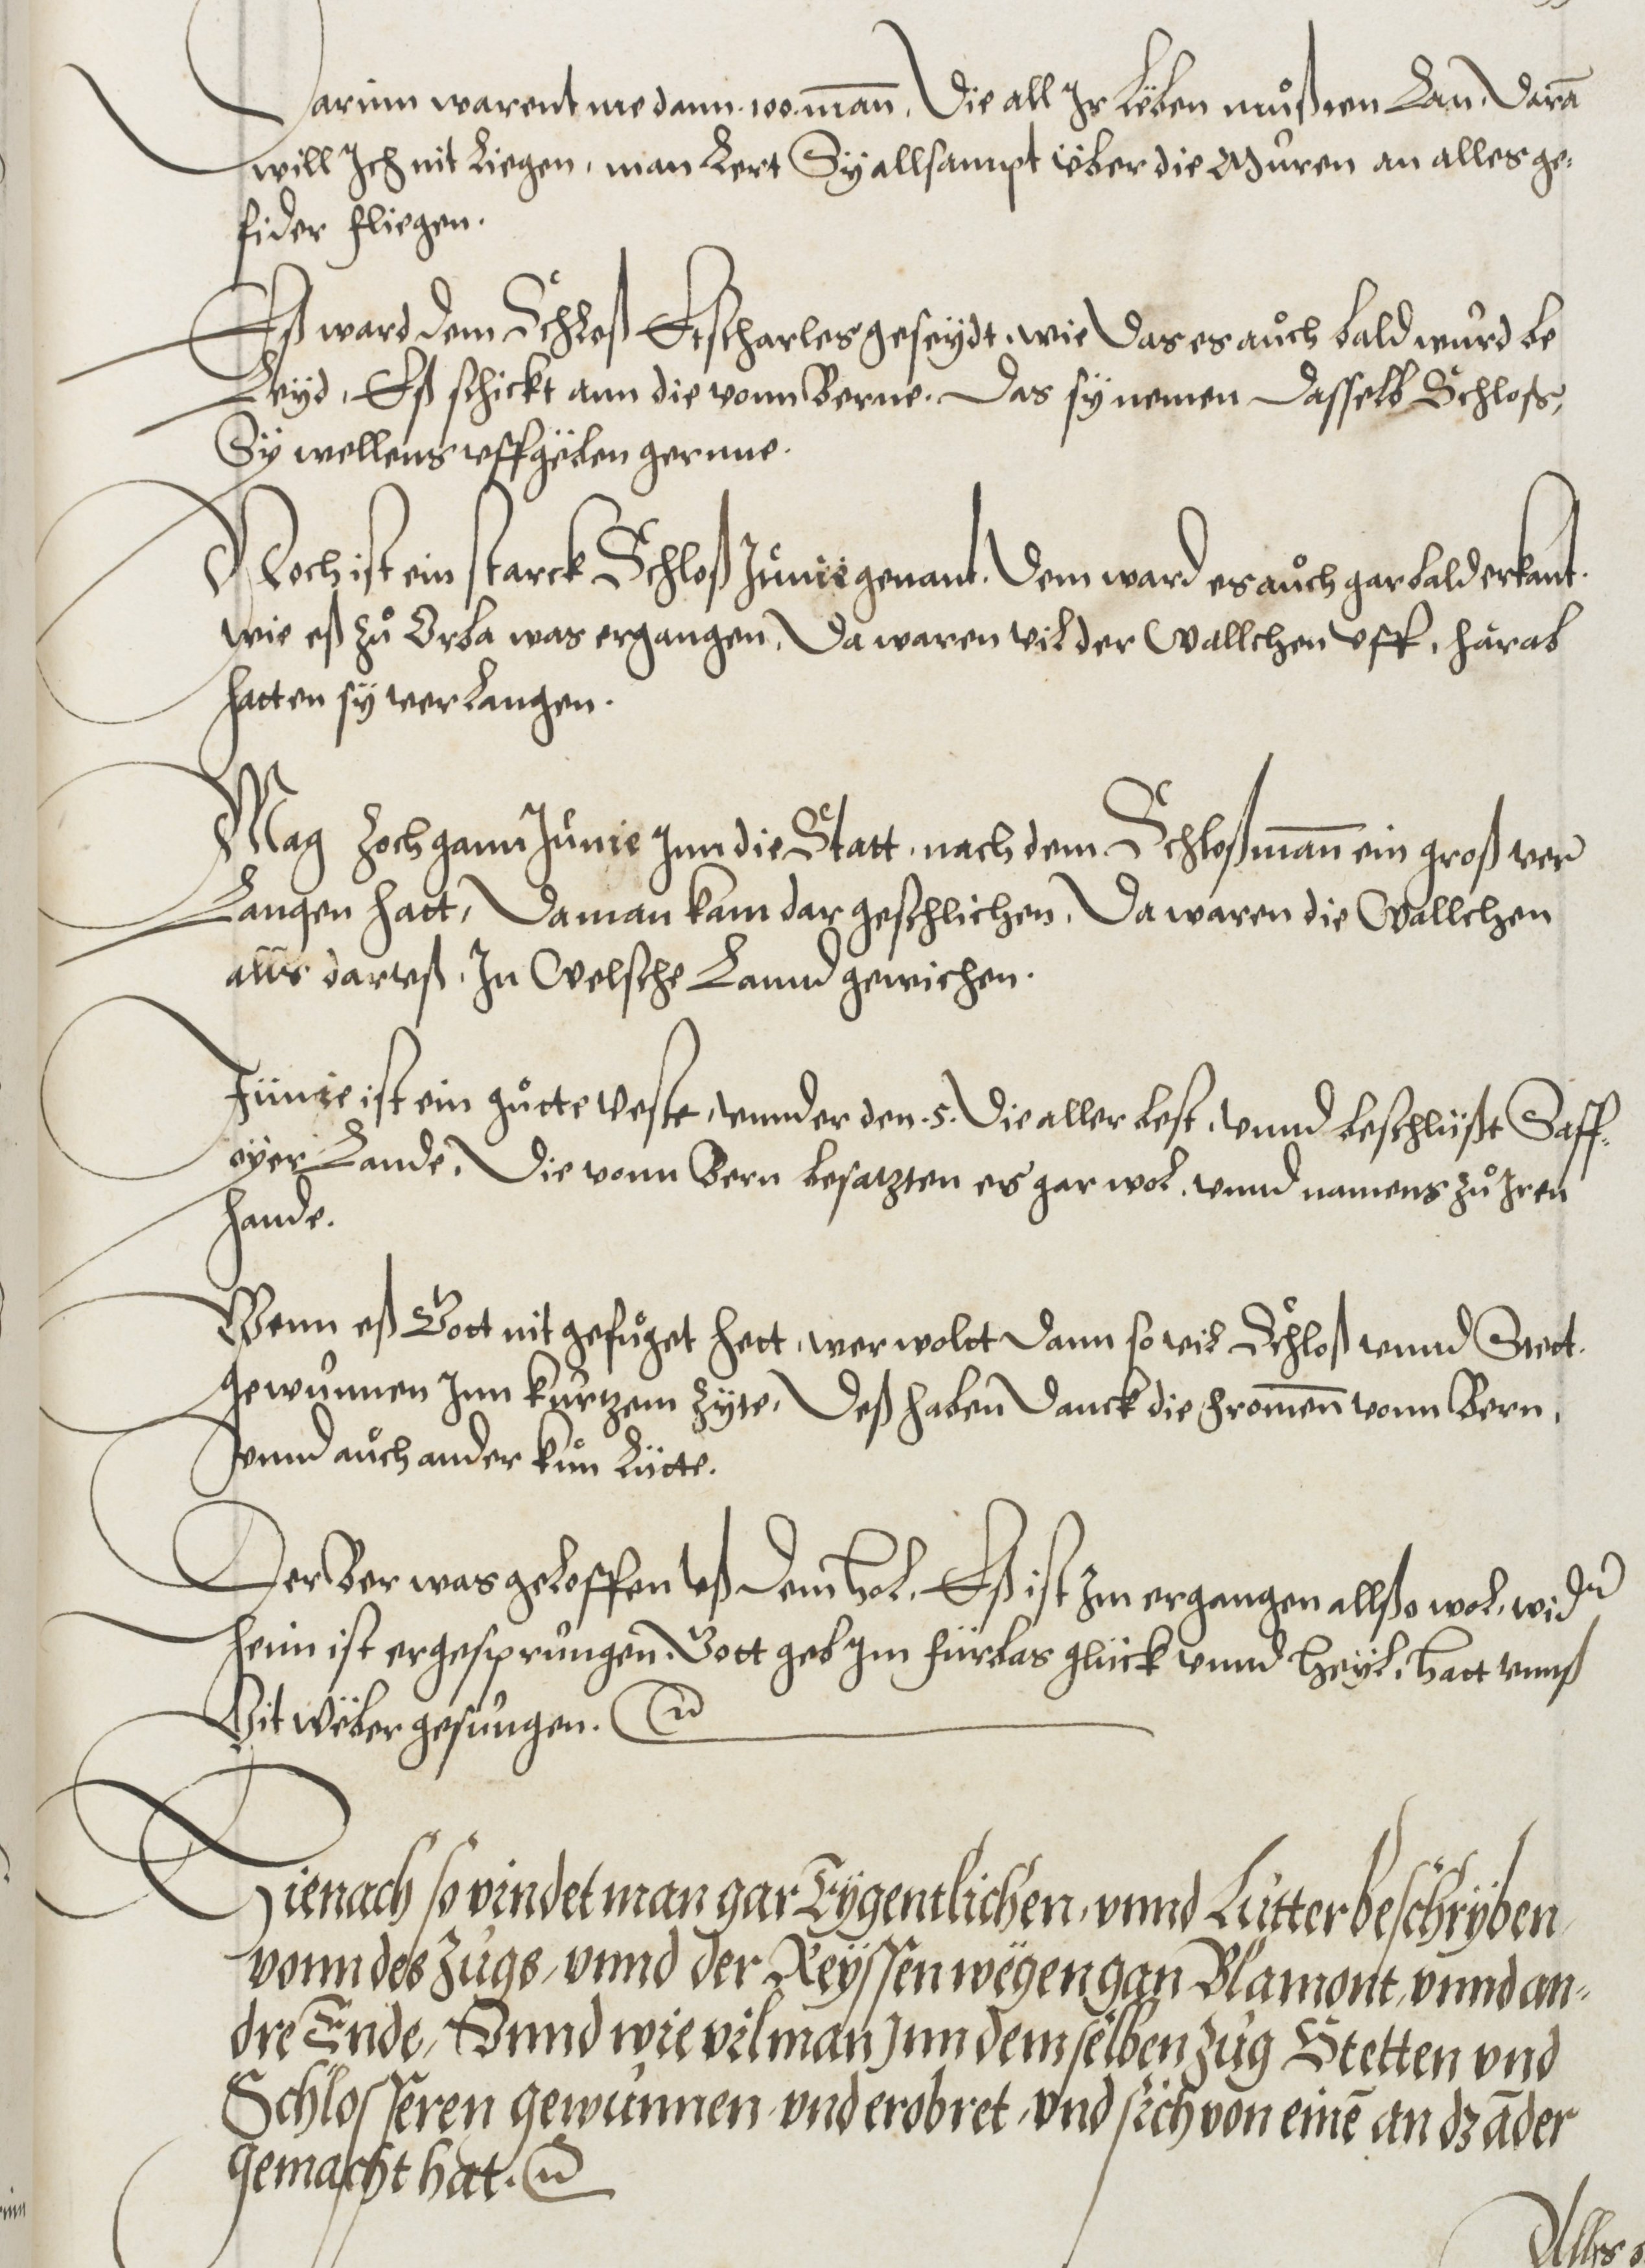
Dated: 1572–1572